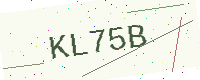
Text: KL75B